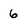
Character: 6